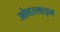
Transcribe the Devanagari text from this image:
ओवरलाइन